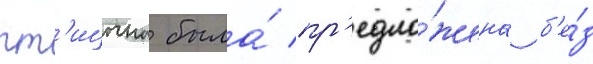
пт'ицына была́ пр'едло́жена б'е́з